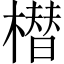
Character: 𣚽